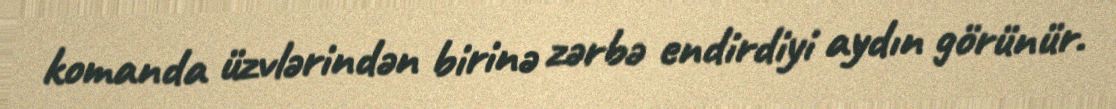
komanda üzvlərindən birinə zərbə endirdiyi aydın görünür.